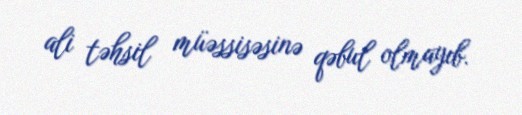
ali təhsil müəssisəsinə qəbul olmayıb.